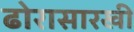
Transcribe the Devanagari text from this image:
ढोरासारखी